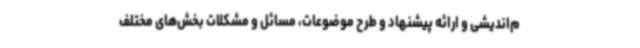
م‌اندیشی و ارائه پیشنهاد و طرح موضوعات، مسائل و مشکلات بخش‌های مختلف